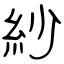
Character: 紗